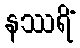
နဿရိံ